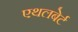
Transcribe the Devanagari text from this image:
एथलबेर्ट